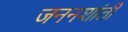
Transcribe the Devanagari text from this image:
जननशांती